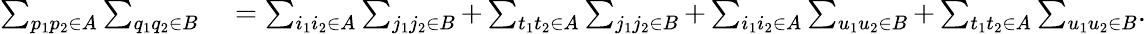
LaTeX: \begin{array}{rl}{\sum_{p_{1}p_{2}\in A}\sum_{q_{1}q_{2}\in B}}&{{}=\sum_{i_{1}i_{2}\in A}\sum_{j_{1}j_{2}\in B}+\sum_{t_{1}t_{2}\in A}\sum_{j_{1}j_{2}\in B}+\sum_{i_{1}i_{2}\in A}\sum_{u_{1}u_{2}\in B}+\sum_{t_{1}t_{2}\in A}\sum_{u_{1}u_{2}\in B}.}\end{array}